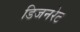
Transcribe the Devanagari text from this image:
डिजनरेट